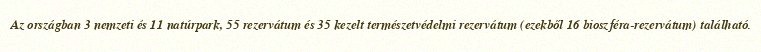
Az országban 3 nemzeti és 11 natúrpark, 55 rezervátum és 35 kezelt természetvédelmi rezervátum (ezekből 16 bioszféra-rezervátum) található.